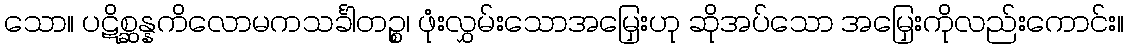
သော။ ပဋိစ္ဆန္နကိလောမကသင်္ခါတဉ္စ၊ ဖုံးလွှမ်းသောအမြှေးဟု ဆိုအပ်သော အမြှေးကိုလည်းကောင်း။